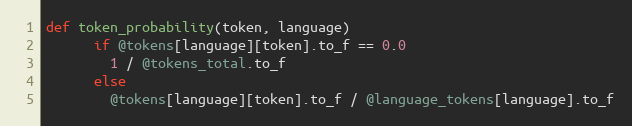
Language: Ruby
def token_probability(token, language)
      if @tokens[language][token].to_f == 0.0
        1 / @tokens_total.to_f
      else
        @tokens[language][token].to_f / @language_tokens[language].to_f